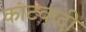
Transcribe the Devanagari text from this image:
कांटवादी